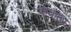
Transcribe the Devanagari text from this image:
केकोस